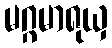
မဂ္ဂမာရုယှ